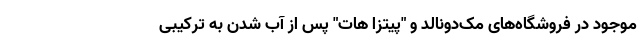
موجود در فروشگاه‌های مک‌دونالد و "پیتزا هات" پس از آب شدن به ترکیبی